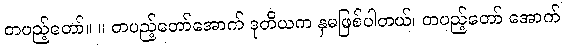
တပည့်တော်။ ။ တပည့်တော်အောက် ဒုတိယက နှမဖြစ်ပါတယ်၊ တပည့်တော် အောက်